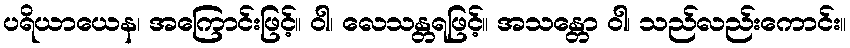
ပရိယာယေန၊ အကြောင်းဖြင့်။ ဝါ၊ လေသန္တရဖြင့်။ အသန္တော ဝါ၊ သည်လည်းကောင်း။